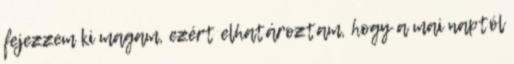
fejezzem ki magam, ezért elhatároztam, hogy a mai naptól